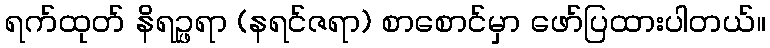
ရက်ထုတ် နိရဉ္ဖရာ (နရင်ဇရာ) စာစောင်မှာ ဖော်ပြထားပါတယ်။